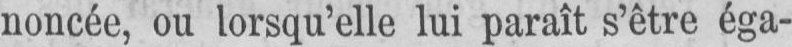
noncée, ou lorsqu’elle lui paraît s’être éga-